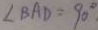
\angle B A D = 9 0 ^ { \circ }